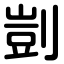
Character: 剴